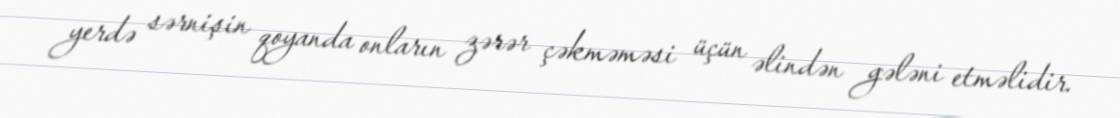
yerdə sərnişin qoyanda onların zərər çəkməməsi üçün əlindən gələni etməlidir.